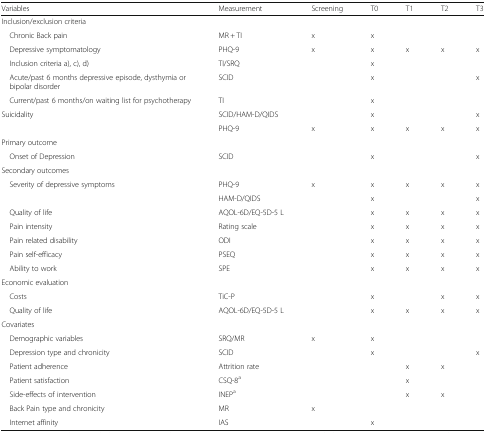
<table><thead><tr><td><b>Variables</b></td><td><b>Measurement</b></td><td><b>Screening</b></td><td><b>T0</b></td><td><b>T1</b></td><td><b>T2</b></td><td><b>T3</b></td></tr></thead><tbody><tr><td colspan="7">Inclusion/exclusion criteria</td></tr><tr><td> Chronic Back pain</td><td>MR + TI</td><td>x</td><td>x</td><td></td><td></td><td></td></tr><tr><td> Depressive symptomatology</td><td>PHQ-9</td><td>x</td><td>x</td><td>x</td><td>x</td><td>x</td></tr><tr><td> Inclusion criteria a), c), d)</td><td>TI/SRQ</td><td></td><td>x</td><td></td><td></td><td></td></tr><tr><td> Acute/past 6 months depressive episode, dysthymia or bipolar disorder</td><td>SCID</td><td></td><td>x</td><td></td><td></td><td>x</td></tr><tr><td> Current/past 6 months/on waiting list for psychotherapy</td><td>TI</td><td></td><td>x</td><td></td><td></td><td></td></tr><tr><td rowspan="2">Suicidality</td><td>SCID/HAM-D/QIDS</td><td></td><td>x</td><td></td><td></td><td>x</td></tr><tr><td>PHQ-9</td><td>x</td><td>x</td><td>x</td><td>x</td><td>x</td></tr><tr><td colspan="7">Primary outcome</td></tr><tr><td> Onset of Depression</td><td>SCID</td><td></td><td>x</td><td></td><td></td><td>x</td></tr><tr><td colspan="7">Secondary outcomes</td></tr><tr><td rowspan="2"> Severity of depressive symptoms</td><td>PHQ-9</td><td rowspan="2">x</td><td>x</td><td>x</td><td>x</td><td>x</td></tr><tr><td>HAM-D/QIDS</td><td>x</td><td></td><td></td><td>x</td></tr><tr><td> Quality of life</td><td>AQOL-6D/EQ-5D-5 L</td><td></td><td>x</td><td>x</td><td>x</td><td>x</td></tr><tr><td> Pain intensity</td><td>Rating scale</td><td></td><td>x</td><td>x</td><td>x</td><td>x</td></tr><tr><td> Pain related disability</td><td>ODI</td><td></td><td>x</td><td>x</td><td>x</td><td>x</td></tr><tr><td> Pain self-efficacy</td><td>PSEQ</td><td></td><td>x</td><td>x</td><td>x</td><td>x</td></tr><tr><td> Ability to work</td><td>SPE</td><td></td><td>x</td><td>x</td><td>x</td><td>x</td></tr><tr><td colspan="7">Economic evaluation</td></tr><tr><td> Costs</td><td>TiC-P</td><td></td><td>x</td><td></td><td>x</td><td>x</td></tr><tr><td> Quality of life</td><td>AQOL-6D/EQ-5D-5 L</td><td></td><td>x</td><td>x</td><td>x</td><td>x</td></tr><tr><td colspan="7">Covariates</td></tr><tr><td> Demographic variables</td><td>SRQ/MR</td><td>x</td><td>x</td><td></td><td></td><td></td></tr><tr><td> Depression type and chronicity</td><td>SCID</td><td></td><td>x</td><td></td><td></td><td>x</td></tr><tr><td> Patient adherence</td><td>Attrition rate</td><td></td><td></td><td>x</td><td>x</td><td></td></tr><tr><td> Patient satisfaction</td><td>CSQ-8<sup>a</sup></td><td></td><td></td><td>x</td><td></td><td></td></tr><tr><td> Side-effects of intervention</td><td>INEP<sup>a</sup></td><td></td><td></td><td>x</td><td>x</td><td></td></tr><tr><td> Back Pain type and chronicity</td><td>MR</td><td>x</td><td></td><td></td><td></td><td></td></tr><tr><td> Internet affinity</td><td>IAS</td><td></td><td>x</td><td></td><td></td><td></td></tr></tbody></table>